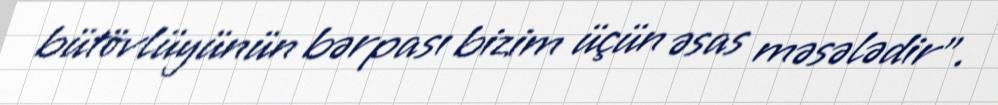
bütövlüyünün bərpası bizim üçün əsas məsələdir”.